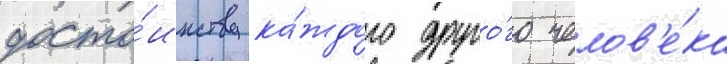
досто́инству ка́ждого друго́го челов'е́ка